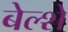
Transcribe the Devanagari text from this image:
बेल्शे